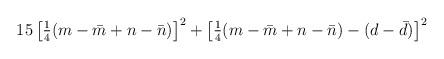
LaTeX: \begin{align*}15 \left[ {\textstyle{1\over 4}} (m-\bar m + n -\bar n )\right]^2+ \left[ {\textstyle{1\over 4}} (m-\bar m + n - \bar n ) - (d-\bar d)\right]^2 \end{align*}